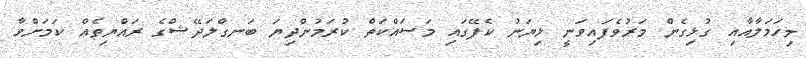
މިހަމަލާއާއި ގުޅިގެން މަރުވެފައިވަނީ ޅިޔަނު ކެފޭގައި މަސައްކަތް ކުރަމުންދިޔަ ބަނގްލަދޭޝްގެ ރައްޔިތެއް ކަމަށްވާ